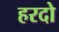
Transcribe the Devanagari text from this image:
हरदो